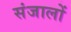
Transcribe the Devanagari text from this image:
संजालों